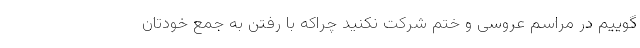
‌گوییم در مراسم عروسی و ختم شرکت نکنید چراکه با رفتن به جمع خودتان